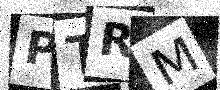
Text: PTRM